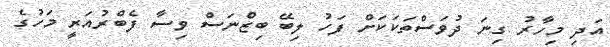
އަދި މިހާރު ގިނަ ދުވަސްތަކަކަށް ފަހު ލިބޭ ބިޒްނަސް ވިސާ ފެބްރުއަރީ މަހުގެ